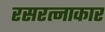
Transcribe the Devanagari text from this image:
रसरत्नाकार